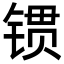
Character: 𨱌